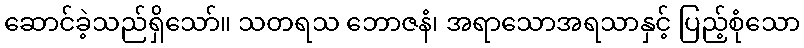
ဆောင်ခဲ့သည်ရှိသော်။ သတရသ ဘောဇနံ၊ အရာသောအရသာနှင့် ပြည့်စုံသော